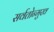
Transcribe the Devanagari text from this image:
सर्वतोन्मुख